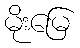
မိုးမြေ